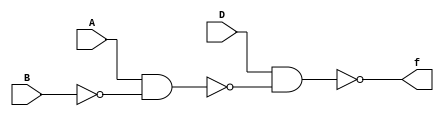
module q2(A, B, D, f);
input A, B, D;
output f;
nand(nB, B, B);
nand(f1, A, nB);
nand(f, D, f1);
endmodule